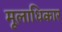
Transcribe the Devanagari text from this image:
मूलाधिकार